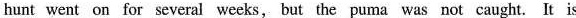
hunt went on for several weeks, but the puma was not caught. It is